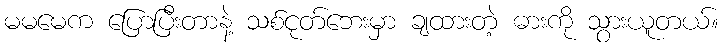
မမမေက ပြောပြီးတာနဲ့ သစ်ငုတ်ဘေးမှာ ချထားတဲ့ ဓားကို သွားယူတယ်။